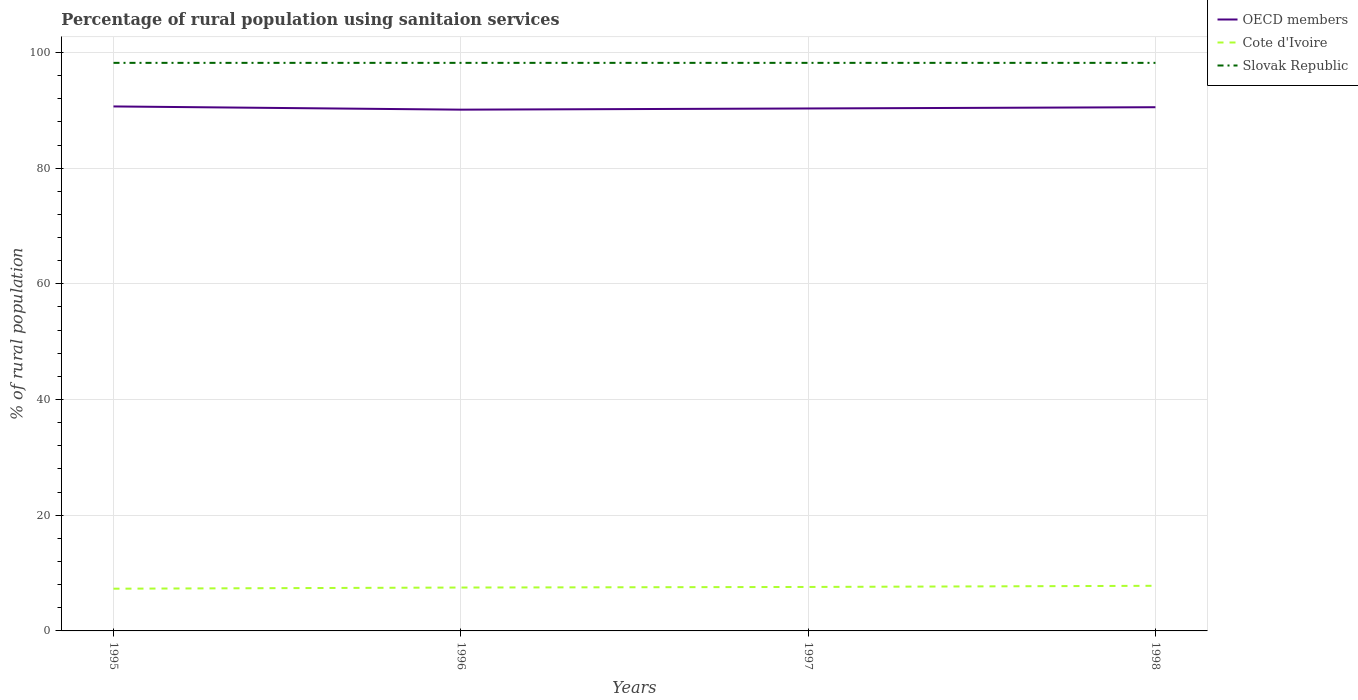
| Years | OECD members | Cote d'Ivoire | Slovak Republic |
 | --- | --- | --- | --- |
 | 1995 | 90.7 | 7.3 | 98.2 |
 | 1996 | 90.1 | 7.5 | 98.2 |
 | 1997 | 90.3 | 7.6 | 98.2 |
 | 1998 | 90.5 | 7.8 | 98.2 |